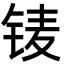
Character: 鿏